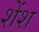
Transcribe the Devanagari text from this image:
शेंश